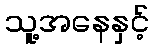
သူ့အနေနှင့်